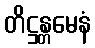
တိဋ္ဌန္တမေနံ